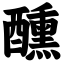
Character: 醺